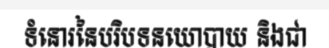
ទំនោរនៃបរិបទនយោបាយ និងជា